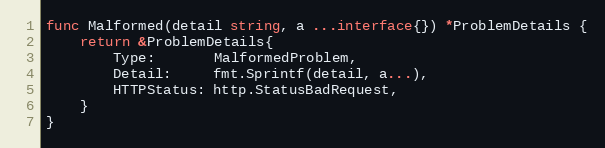
Language: Go
func Malformed(detail string, a ...interface{}) *ProblemDetails {
	return &ProblemDetails{
		Type:       MalformedProblem,
		Detail:     fmt.Sprintf(detail, a...),
		HTTPStatus: http.StatusBadRequest,
	}
}